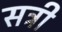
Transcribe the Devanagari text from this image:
सत्री